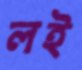
লই